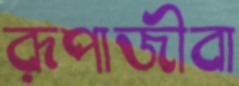
রূপাজীবা